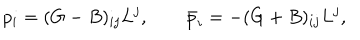
p _ { i } = ( G - B ) _ { i j } L ^ { j } , \qquad \bar { p } _ { i } = - ( G + B ) _ { i j } L ^ { j } ,